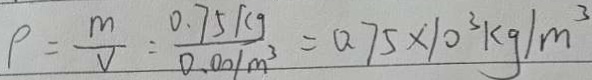
\rho = \frac { m } { V } = \frac { 0 . 7 5 K g } { 0 . 0 0 1 m ^ { 3 } } = 0 . 7 5 \times 1 0 ^ { 3 } k g / m ^ { 3 }